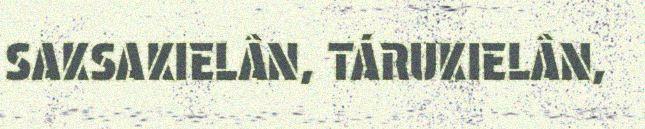
SAKSAKIELÂN, TÁRUKIELÂN,